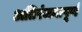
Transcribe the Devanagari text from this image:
अतिरंजनापूर्ण